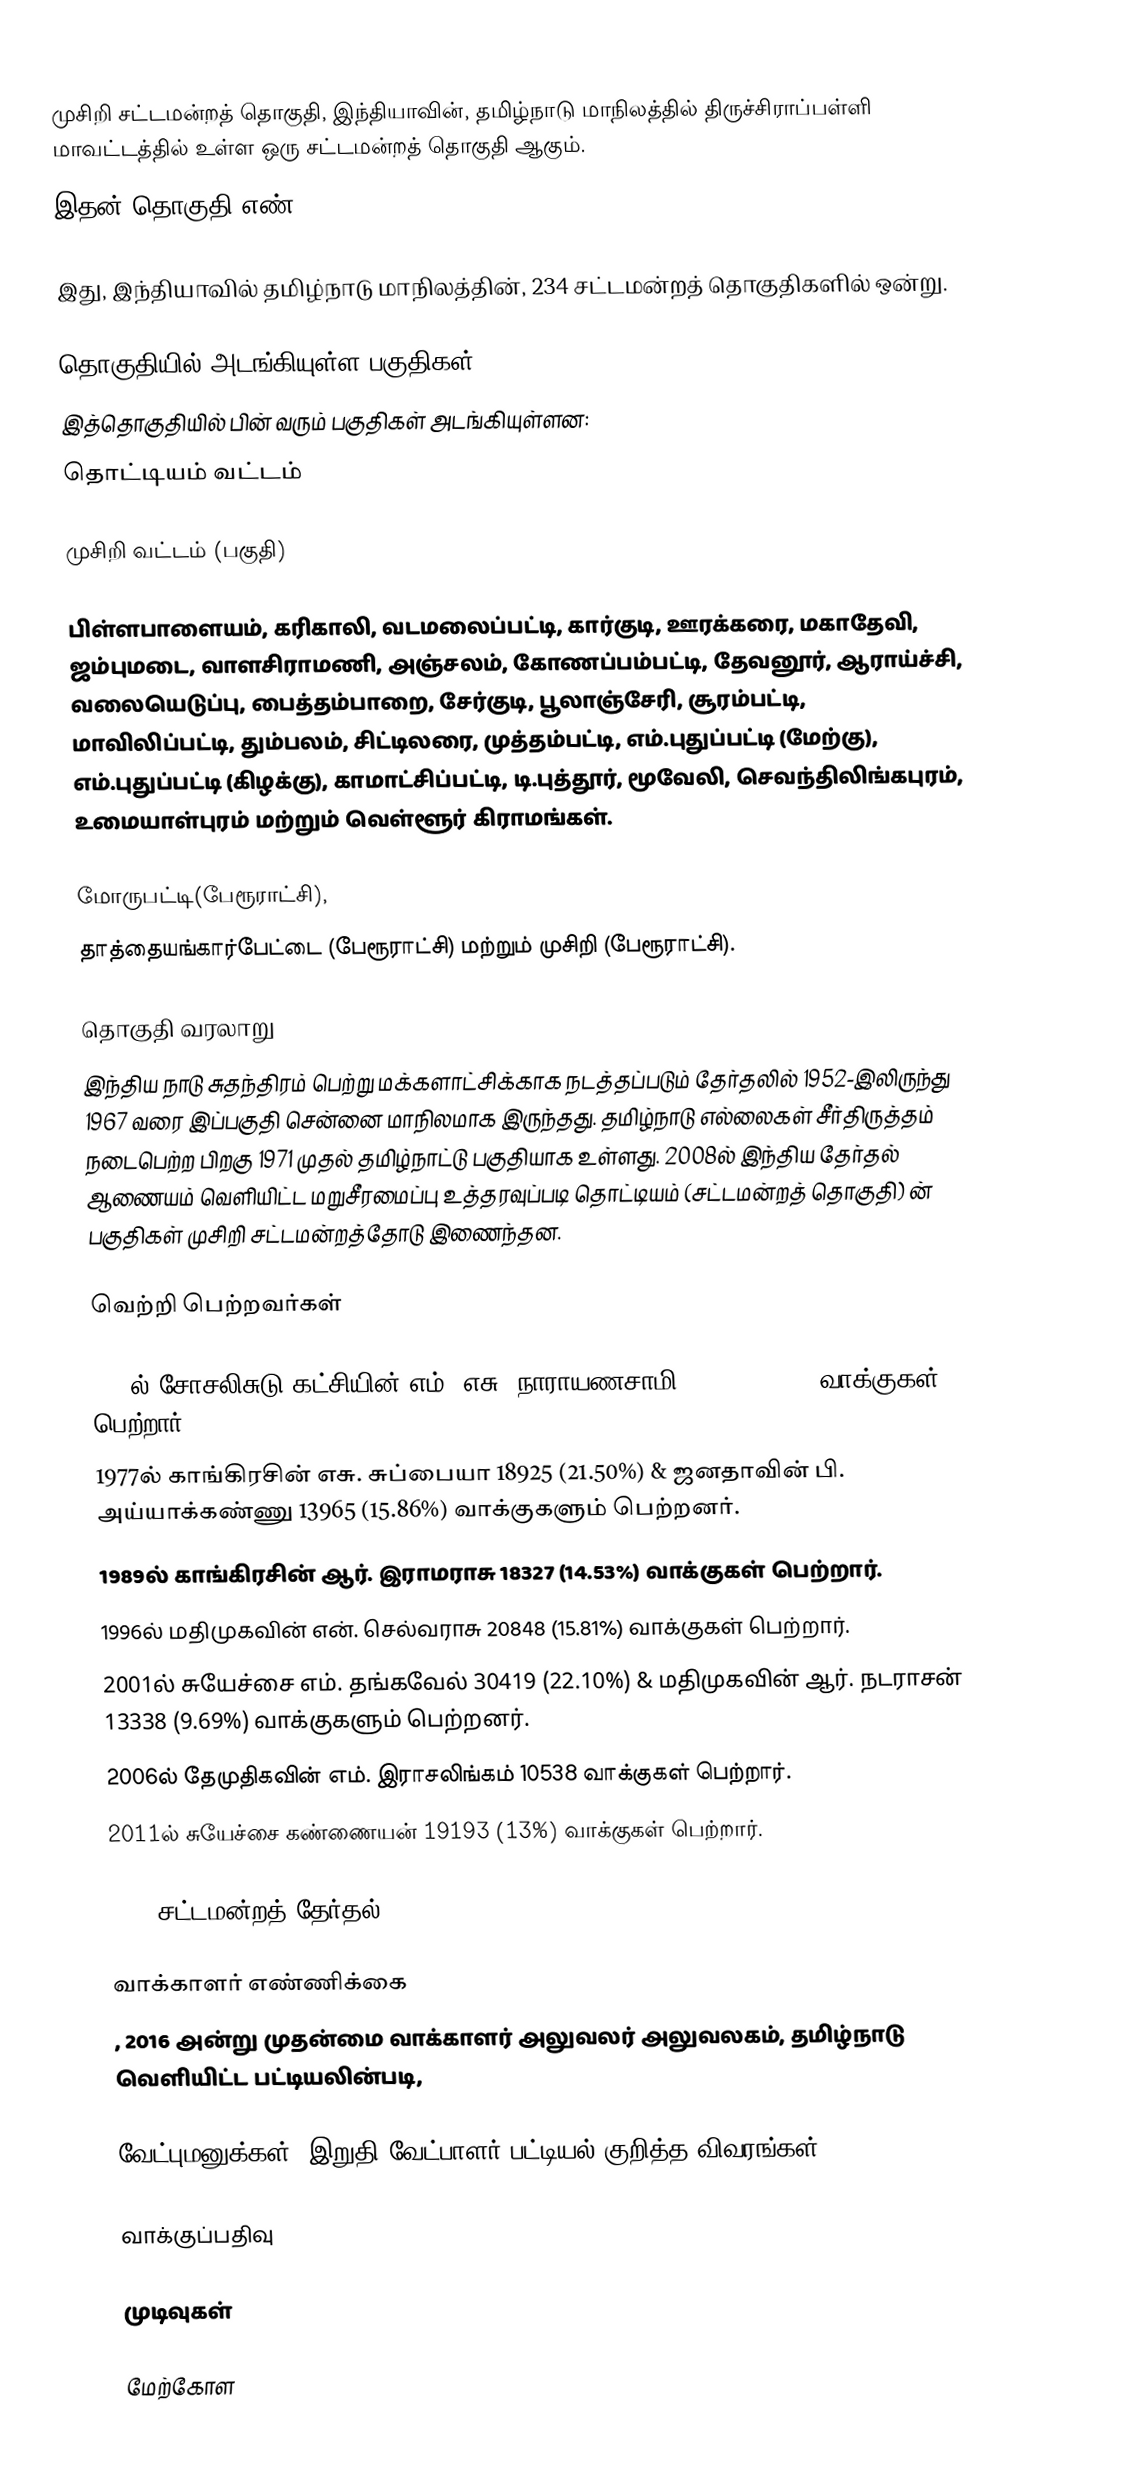
முசிறி சட்டமன்றத் தொகுதி, இந்தியாவின், தமிழ்நாடு மாநிலத்தில் திருச்சிராப்பள்ளி மாவட்டத்தில் உள்ள ஒரு சட்டமன்றத் தொகுதி ஆகும்.
இதன் தொகுதி எண் 145.

இது, இந்தியாவில் தமிழ்நாடு மாநிலத்தின், 234 சட்டமன்றத் தொகுதிகளில் ஒன்று.

தொகுதியில் அடங்கியுள்ள பகுதிகள்
இத்தொகுதியில் பின் வரும் பகுதிகள் அடங்கியுள்ளன:
 தொட்டியம் வட்டம்

 முசிறி வட்டம் (பகுதி)

பிள்ளபாளையம், கரிகாலி, வடமலைப்பட்டி, கார்குடி, ஊரக்கரை, மகாதேவி, ஜம்புமடை, வாளசிராமணி, அஞ்சலம், கோணப்பம்பட்டி, தேவனூர், ஆராய்ச்சி, வலையெடுப்பு, பைத்தம்பாறை, சேர்குடி, பூலாஞ்சேரி, சூரம்பட்டி, மாவிலிப்பட்டி, தும்பலம், சிட்டிலரை, முத்தம்பட்டி, எம்.புதுப்பட்டி (மேற்கு), எம்.புதுப்பட்டி (கிழக்கு), காமாட்சிப்பட்டி, டி.புத்தூர், மூவேலி, செவந்திலிங்கபுரம், உமையாள்புரம் மற்றும் வெள்ளூர் கிராமங்கள்.

மோருபட்டி(பேரூராட்சி),
தாத்தையங்கார்பேட்டை (பேரூராட்சி) மற்றும் முசிறி (பேரூராட்சி).

தொகுதி வரலாறு
இந்திய நாடு சுதந்திரம் பெற்று மக்களாட்சிக்காக நடத்தப்படும் தேர்தலில் 1952-இலிருந்து 1967 வரை இப்பகுதி சென்னை மாநிலமாக இருந்தது. தமிழ்நாடு எல்லைகள் சீர்திருத்தம் நடைபெற்ற பிறகு 1971 முதல் தமிழ்நாட்டு பகுதியாக உள்ளது. 2008ல் இந்திய தேர்தல் ஆணையம் வெளியிட்ட மறுசீரமைப்பு உத்தரவுப்படி தொட்டியம் (சட்டமன்றத் தொகுதி) ன் பகுதிகள் முசிறி சட்டமன்றத்தோடு இணைந்தன.

வெற்றி பெற்றவர்கள்

1952ல் சோசலிசுடு கட்சியின் எம். எசு. நாராயணசாமி 6285 (14.41%) வாக்குகள் பெற்றார்.
1977ல் காங்கிரசின் எசு. சுப்பையா  18925 (21.50%) & ஜனதாவின் பி. அய்யாக்கண்ணு 13965 (15.86%) வாக்குகளும் பெற்றனர்.
1989ல் காங்கிரசின் ஆர். இராமராசு 18327 (14.53%) வாக்குகள் பெற்றார்.
1996ல் மதிமுகவின் என். செல்வராசு 20848 (15.81%) வாக்குகள் பெற்றார்.
2001ல் சுயேச்சை எம். தங்கவேல் 30419 (22.10%) & மதிமுகவின் ஆர். நடராசன் 13338 (9.69%) வாக்குகளும் பெற்றனர்.
2006ல் தேமுதிகவின் எம். இராசலிங்கம் 10538 வாக்குகள் பெற்றார்.
2011ல் சுயேச்சை கண்ணையன் 19193 (13%) வாக்குகள் பெற்றார்.

2016 சட்டமன்றத் தேர்தல்

வாக்காளர் எண்ணிக்கை
, 2016 அன்று முதன்மை வாக்காளர் அலுவலர் அலுவலகம், தமிழ்நாடு வெளியிட்ட பட்டியலின்படி,

வேட்புமனுக்கள், இறுதி வேட்பாளர் பட்டியல் குறித்த விவரங்கள்

வாக்குப்பதிவு

முடிவுகள்

மேற்கோள